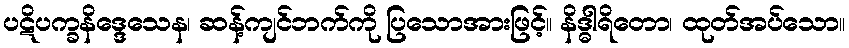
ပဋိပက္ခနိဒ္ဒေသေန၊ ဆန့်ကျင်ဘက်ကို ပြသောအားဖြင့်။ နိဒ္ဓါရိတော၊ ထုတ်အပ်သော။